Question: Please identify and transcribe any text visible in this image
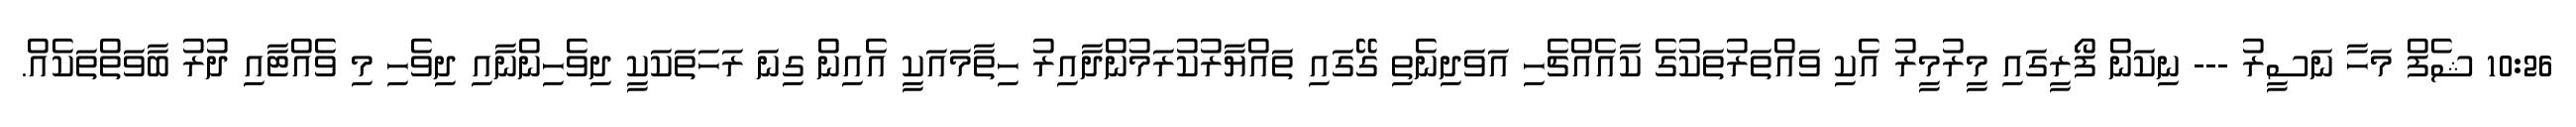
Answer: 10:26 ޝެފް މަހާ ނަސީރު --- ނިކަން ފޯރީގައި މީރުމީރު އެކި ވައްތަރުތަކުގެ ކާއެއްޗެހި އަވަދިނެތި ގޭގައި ތައްޔާރުކުރަމުންދާއިރު ހިތާމައަކީ އެއިން ގިނަ ރަހަތަކަކީ ދިވެހިންނާއި ދިވެހި މި ވެއްޓާއި ދުރު ބާވަތްތަކެއް.